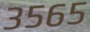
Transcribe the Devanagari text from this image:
३५६५